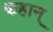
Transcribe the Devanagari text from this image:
कहान्